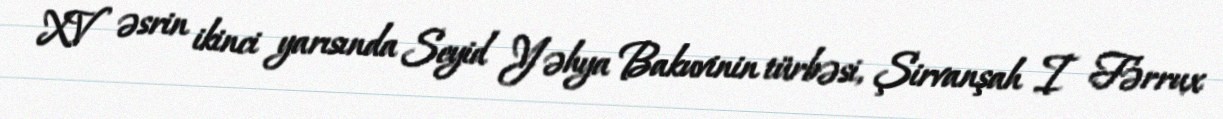
XV əsrin ikinci yarısında Seyid Yəhya Bakuvinin türbəsi, Şirvanşah I Fərrux